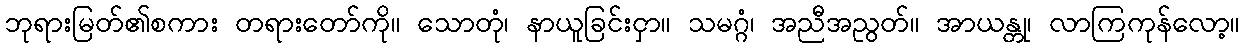
ဘုရားမြတ်၏စကား တရားတော်ကို။ သောတုံ၊ နာယူခြင်းငှာ။ သမဂ္ဂံ၊ အညီအညွတ်။ အာယန္တု၊ လာကြကုန်လော့။